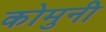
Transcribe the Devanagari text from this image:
कोमुनी